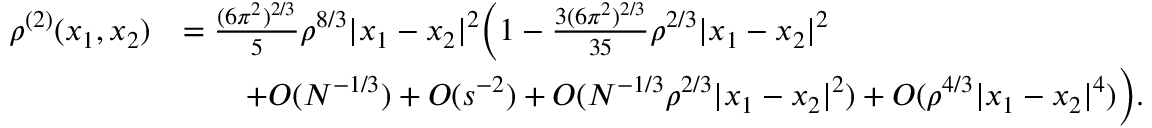
\begin{array} { r l } { \rho ^ { ( 2 ) } ( x _ { 1 } , x _ { 2 } ) } & { = \frac { ( 6 \pi ^ { 2 } ) ^ { 2 / 3 } } { 5 } \rho ^ { 8 / 3 } | x _ { 1 } - x _ { 2 } | ^ { 2 } \biggl ( 1 - \frac { 3 ( 6 \pi ^ { 2 } ) ^ { 2 / 3 } } { 3 5 } \rho ^ { 2 / 3 } | x _ { 1 } - x _ { 2 } | ^ { 2 } } \\ & { \qquad + O ( N ^ { - 1 / 3 } ) + O ( s ^ { - 2 } ) + O ( N ^ { - 1 / 3 } \rho ^ { 2 / 3 } | x _ { 1 } - x _ { 2 } | ^ { 2 } ) + O ( \rho ^ { 4 / 3 } | x _ { 1 } - x _ { 2 } | ^ { 4 } ) \biggr ) . } \end{array}